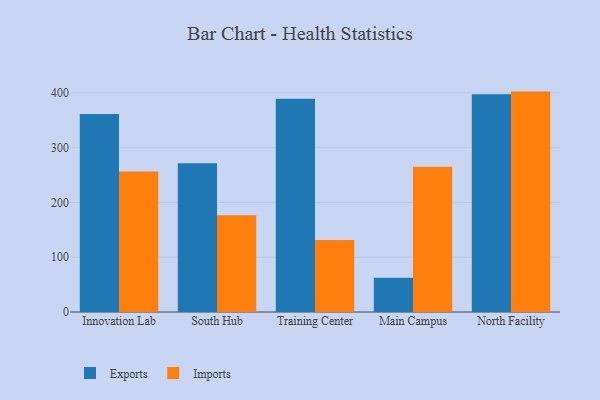
{"axis": {"x": "Campus", "y": "Churn Rate (%)"}, "legend": ["Exports", "Imports"], "data": [{"x": "Innovation Lab", "y": 361.3, "type": "Exports"}, {"x": "Innovation Lab", "y": 256.3, "type": "Imports"}, {"x": "South Hub", "y": 271.3, "type": "Exports"}, {"x": "South Hub", "y": 176.6, "type": "Imports"}, {"x": "Training Center", "y": 389.1, "type": "Exports"}, {"x": "Training Center", "y": 131.3, "type": "Imports"}, {"x": "Main Campus", "y": 62.7, "type": "Exports"}, {"x": "Main Campus", "y": 265.0, "type": "Imports"}, {"x": "North Facility", "y": 397.3, "type": "Exports"}, {"x": "North Facility", "y": 402.3, "type": "Imports"}]}